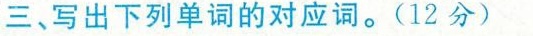
三、写出下列单词的对应词。(12分)